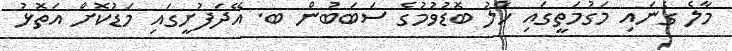
މާލެ ގެނައި މަގުމަތީގައި ހާލު ބޮޑުވުމުގެ ސަބަބުން ބ. އޭދަފުށީގައި މަޑުކޮށް އަތޮޅު